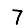
Digit: 7